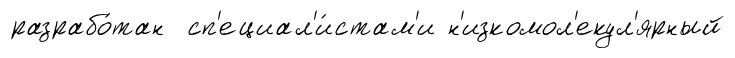
разрабо́тан сп'ециал'и́стам'и н'изкомол'екул'ярный